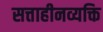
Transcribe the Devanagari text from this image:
सत्ताहीनव्यक्ति